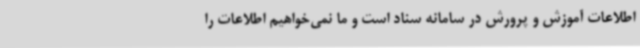
اطلاعات آموزش و پرورش در سامانه سناد است و ما نمی‌خواهیم اطلاعات را